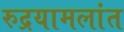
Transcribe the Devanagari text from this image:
रुद्रयामलांत